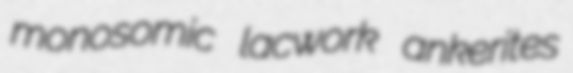
monosomic lacwork ankerites